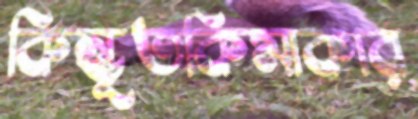
কিম্ভূতকিমাকার